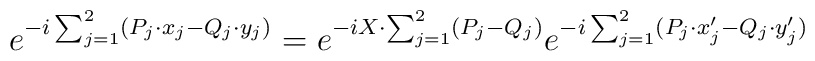
e^{- i \sum_{j = 1}^2 (P_j \cdot x_j - Q_j \cdot y_j)} = e^{- i X \cdot \sum_{j = 1}^2 (P_j - Q_j)} e^{- i \sum_{j = 1}^2 (P_j \cdot x_j' - Q_j \cdot y_j')}